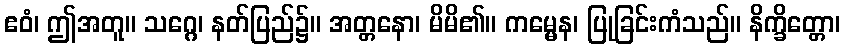
ဧဝံ၊ ဤအတူ။ သဂ္ဂေ၊ နတ်ပြည်၌။ အတ္တနော၊ မိမိ၏။ ကမ္မေန၊ ပြုခြင်းကံသည်။ နိက္ခိတ္တော၊